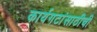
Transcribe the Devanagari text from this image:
कार्यगटांसाठीची